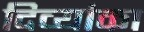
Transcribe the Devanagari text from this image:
दिव्यांका